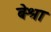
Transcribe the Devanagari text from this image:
बेश्रा